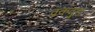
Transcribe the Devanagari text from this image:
व्रकवुड